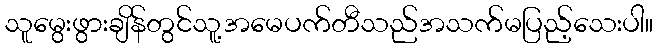
သူမွေးဖွားချိန်တွင်သူ့အမေပက်တီသည်အသက်မပြည့်သေးပါ။